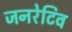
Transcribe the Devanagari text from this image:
जनरेटिव